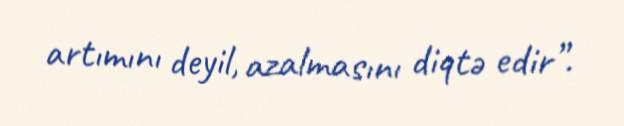
artımını deyil, azalmasını diqtə edir”.